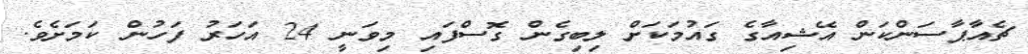
ޗެއާޕާސަންކަން އޭޝިއާގެ ގައުމަކަށް ލިބިގެން ގޮސްފައި މިވަނީ 24 އަހަރު ފަހުން ކަމަށެވެ.